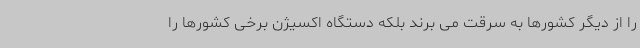
را از دیگر کشورها به سرقت می برند بلکه دستگاه اکسیژن برخی کشورها را